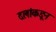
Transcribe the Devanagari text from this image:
दलांकडून